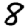
Digit: 8